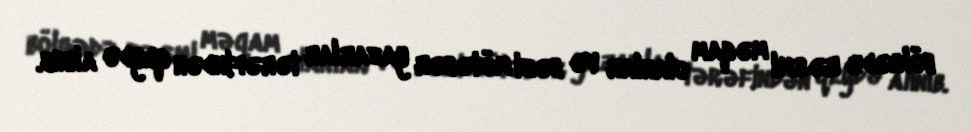
bölgədə rəsmi məqam olanlar və bəzi mötəbər yazarlar tərəfindən qeydə alınıb.